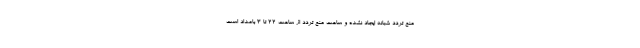
منع تردد شبانه ایجاد نشده و ساعت منع تردد از ساعت ۲۲ تا ۳ بامداد است